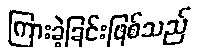
ကြားခဲ့ခြင်းဖြစ်သည်